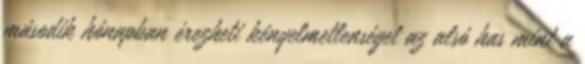
második hónapban érezheti kényelmetlenséget az alsó has mint a